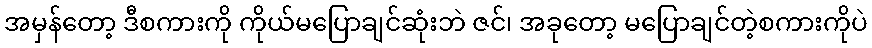
အမှန်တော့ ဒီစကားကို ကိုယ်မပြောချင်ဆုံးဘဲ ဇင်၊ အခုတော့ မပြောချင်တဲ့စကားကိုပဲ